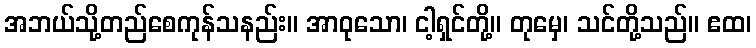
အဘယ်သို့တည်စေကုန်သနည်း။ အာဝုသော၊ ငါ့ရှင်တို့။ တုမှေ၊ သင်တို့သည်။ ဧထ၊